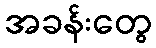
အခန်းတွေ